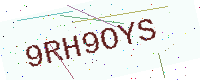
Text: 9RH9OYS